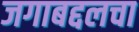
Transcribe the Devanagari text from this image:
जगाबद्दलचा